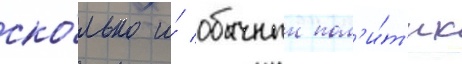
ско́лько и́ обычныи пол'и́т'ик